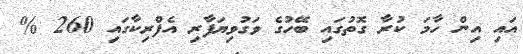
އައި އިން ހާމަ ކުރާ ގޮތުގައި ބޭހުގެ ވަގުވިޔަފާރި އެފްރިކާގައި 260 %